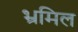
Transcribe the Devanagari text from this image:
भ्रमिल